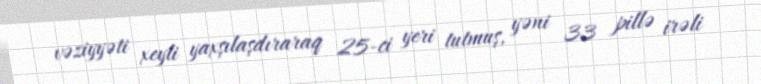
vəziyyəti xeyli yaxşılaşdıraraq 25-ci yeri tutmuş, yəni 33 pillə irəli